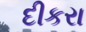
દીકરા